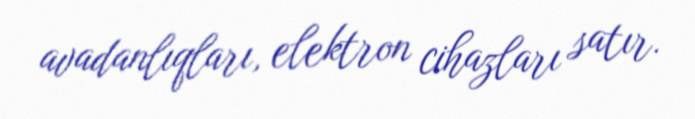
avadanlıqları, elektron cihazları satır.